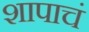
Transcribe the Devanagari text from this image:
शापाचं